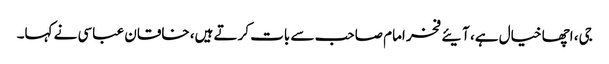
جی، اچھا خیال ہے، آیئے فخر امام صاحب سے بات کرتے ہیں، خاقان عباسی نے کہا۔